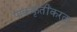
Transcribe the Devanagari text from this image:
पाककृतींकरता